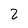
Character: 2